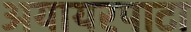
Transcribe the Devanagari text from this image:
अयायरपाटा